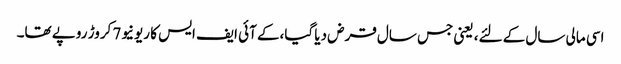
اسی مالی سال کے لئے، یعنی جس سال قرض دیا گیا،کے آئی ایف ایس کا ریونیو7 کروڑ روپے تھا۔